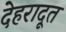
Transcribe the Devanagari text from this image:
देहरादूत